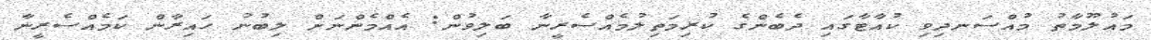
މައުލޫމާތު މުއްސަނދިވި ކުއާޓާގައި ދެބެންގެ ކުރިމަތިލުމެއްސެރީނާ ބަލިވުން: އެއްމެންނަށް ލިބުނު ހައިރާން ކަމެއްސެރީނާ